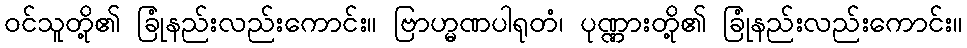
ဝင်သူတို့၏ ခြုံနည်းလည်းကောင်း။ ဗြာဟ္မဏပါရုတံ၊ ပုဏ္ဏားတို့၏ ခြုံနည်းလည်းကောင်း။